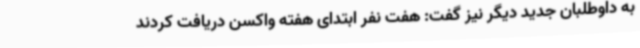
به داوطلبان جدید دیگر نیز گفت: هفت نفر ابتدای هفته واکسن دریافت کردند